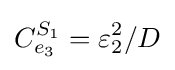
C_{e_{3}}^{S_{1}}=\varepsilon _{2}^{2}/D